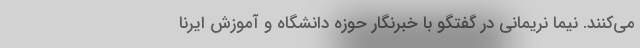
می‌کنند. نیما نریمانی در گفتگو با خبرنگار حوزه دانشگاه و آموزش ایرنا